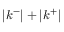
| k ^ { - } | + | k ^ { + } |